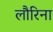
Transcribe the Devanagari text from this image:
लौरिना